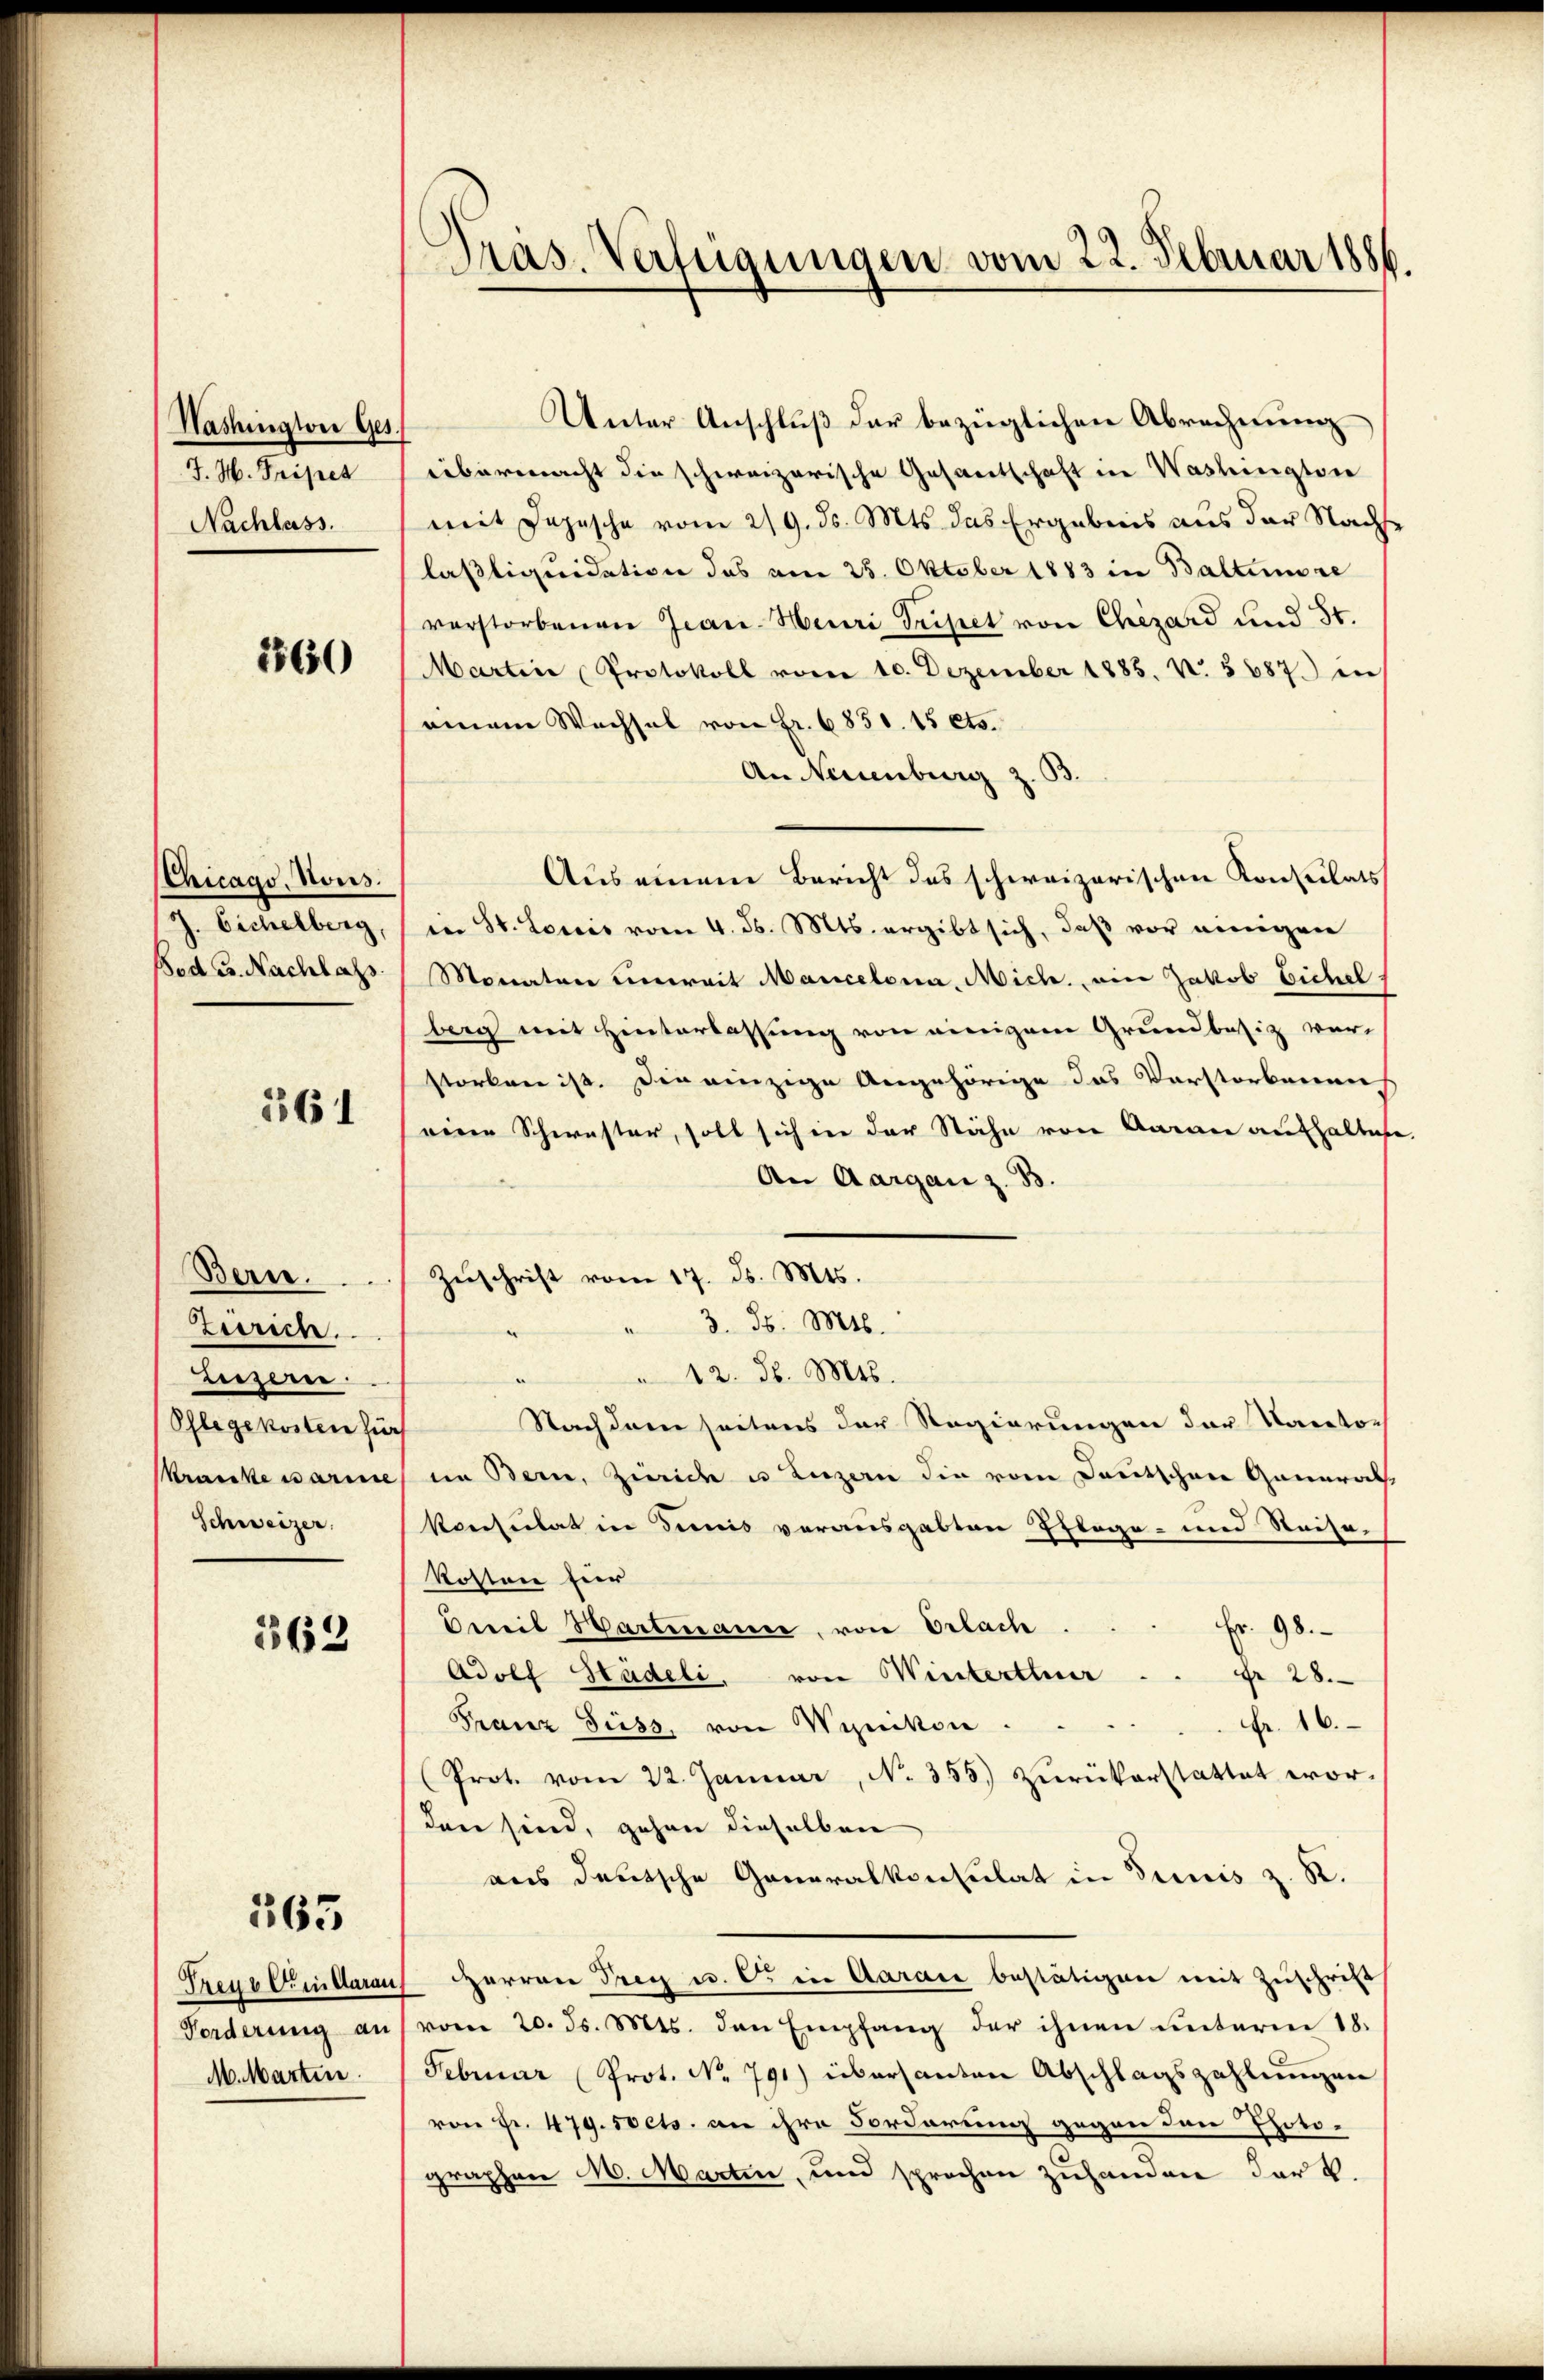
Washington Ges.
J. H. Tripes
Nachlass.

1560

Chicago, Nous.
J. Eichelberg,
Bed u. Nachlass

261

Berne.
Zürich.
Liezeren
Pflegekosten für
Krancke warme
Schweizer.

362

363

Treue Er in darau
Forderung an
M. Marten.

Präs. Verfügungen vom 22. Februar 1886.

Unter Anschluß der bezüglichen Abrechnung
übermacht die schweizerische Gesandtschaft in Washingten
mit Depesche vom 219. ds. Mts. das Ergebnis aus der Nachse
lasliquidation das am 25. Oktober 1883 in Baltenre
verstorbenen Jean Heuri Tripet von Chizard und 50.
Martin Protokoll vom 10. Dezember 1885. 4. 5687. in
einem Wechsel von Fr. 6850. 15 cts.
An Neuenburg z.
Aus einem Bericht das schweizerischen Konsulats
in St. Loris vom 4. d. Mts. ergibt sich, daß vor einigen
Monaten unweit Mancelona, Mich., ein Jakob Eichel
berg mit Hinterlassung von einigem Grundbesiz ver-
starken ist. Die einzige Angehörige das Vorstorbenens
eine Schwester, soll sich in der Stähe von Aarau aufhaltige
An Aargau z. B
Zŭschrift vom 17. d. Mts.
" 3. d. Mts.
 12. d. Mts.
Nachdem seitens der Regierungen der Kanto-
im Bern, Zürich u Luzern die vom Deutschen Generat,
Konseitet in demnis vorausgabten Pflage- und Reise-
Kosten für
Fr. 98.
Dreit Hartmann, von Erlach
Adolf Städeli, von Winterthur
Fr 28.
Fr. 16.
Franz Fuss, von Wynikon
(Prot. vom 22. Januar, No. 355.) Zurükerstattet wor-
dann sind, gehen dieselben
aus deutsche Generalkonsulat in Trinis z. R.
HHerrn Prey u. C. in Aaraić bestätigen mit Zuschrift
vom 20. ds. Mts. den Empfang der ihnen unterm 18.
Februar (Prot. No. 791) übersanten Abschlagszahlungen
von Fr. 479. 50 cts. an ihre Forderung gegen den Photographen 10. Martin, und sprochen zuhanden der k.